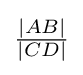
{\tfrac {|AB|}{|CD|}}